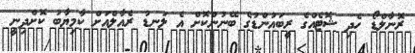
ރޮނާލްޑޯ ހެދި ޝޮޓެއްގެ ރީބައުންޑުގެ ބޭނުންކޮށް އެ ލަނޑު ރެއާލްއަށް ކާމިޔާބު ކޮށްދިނީ